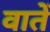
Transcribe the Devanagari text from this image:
वातें